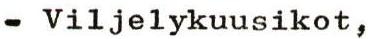
- Viljelykuusikot,